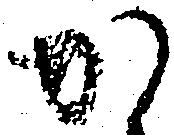
か